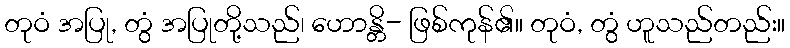
တုဝံ အပြု, တွံ အပြုတို့သည်၊ ဟောန္တိ- ဖြစ်ကုန်၏။ တုဝံ, တွံ ဟူသည်တည်း။